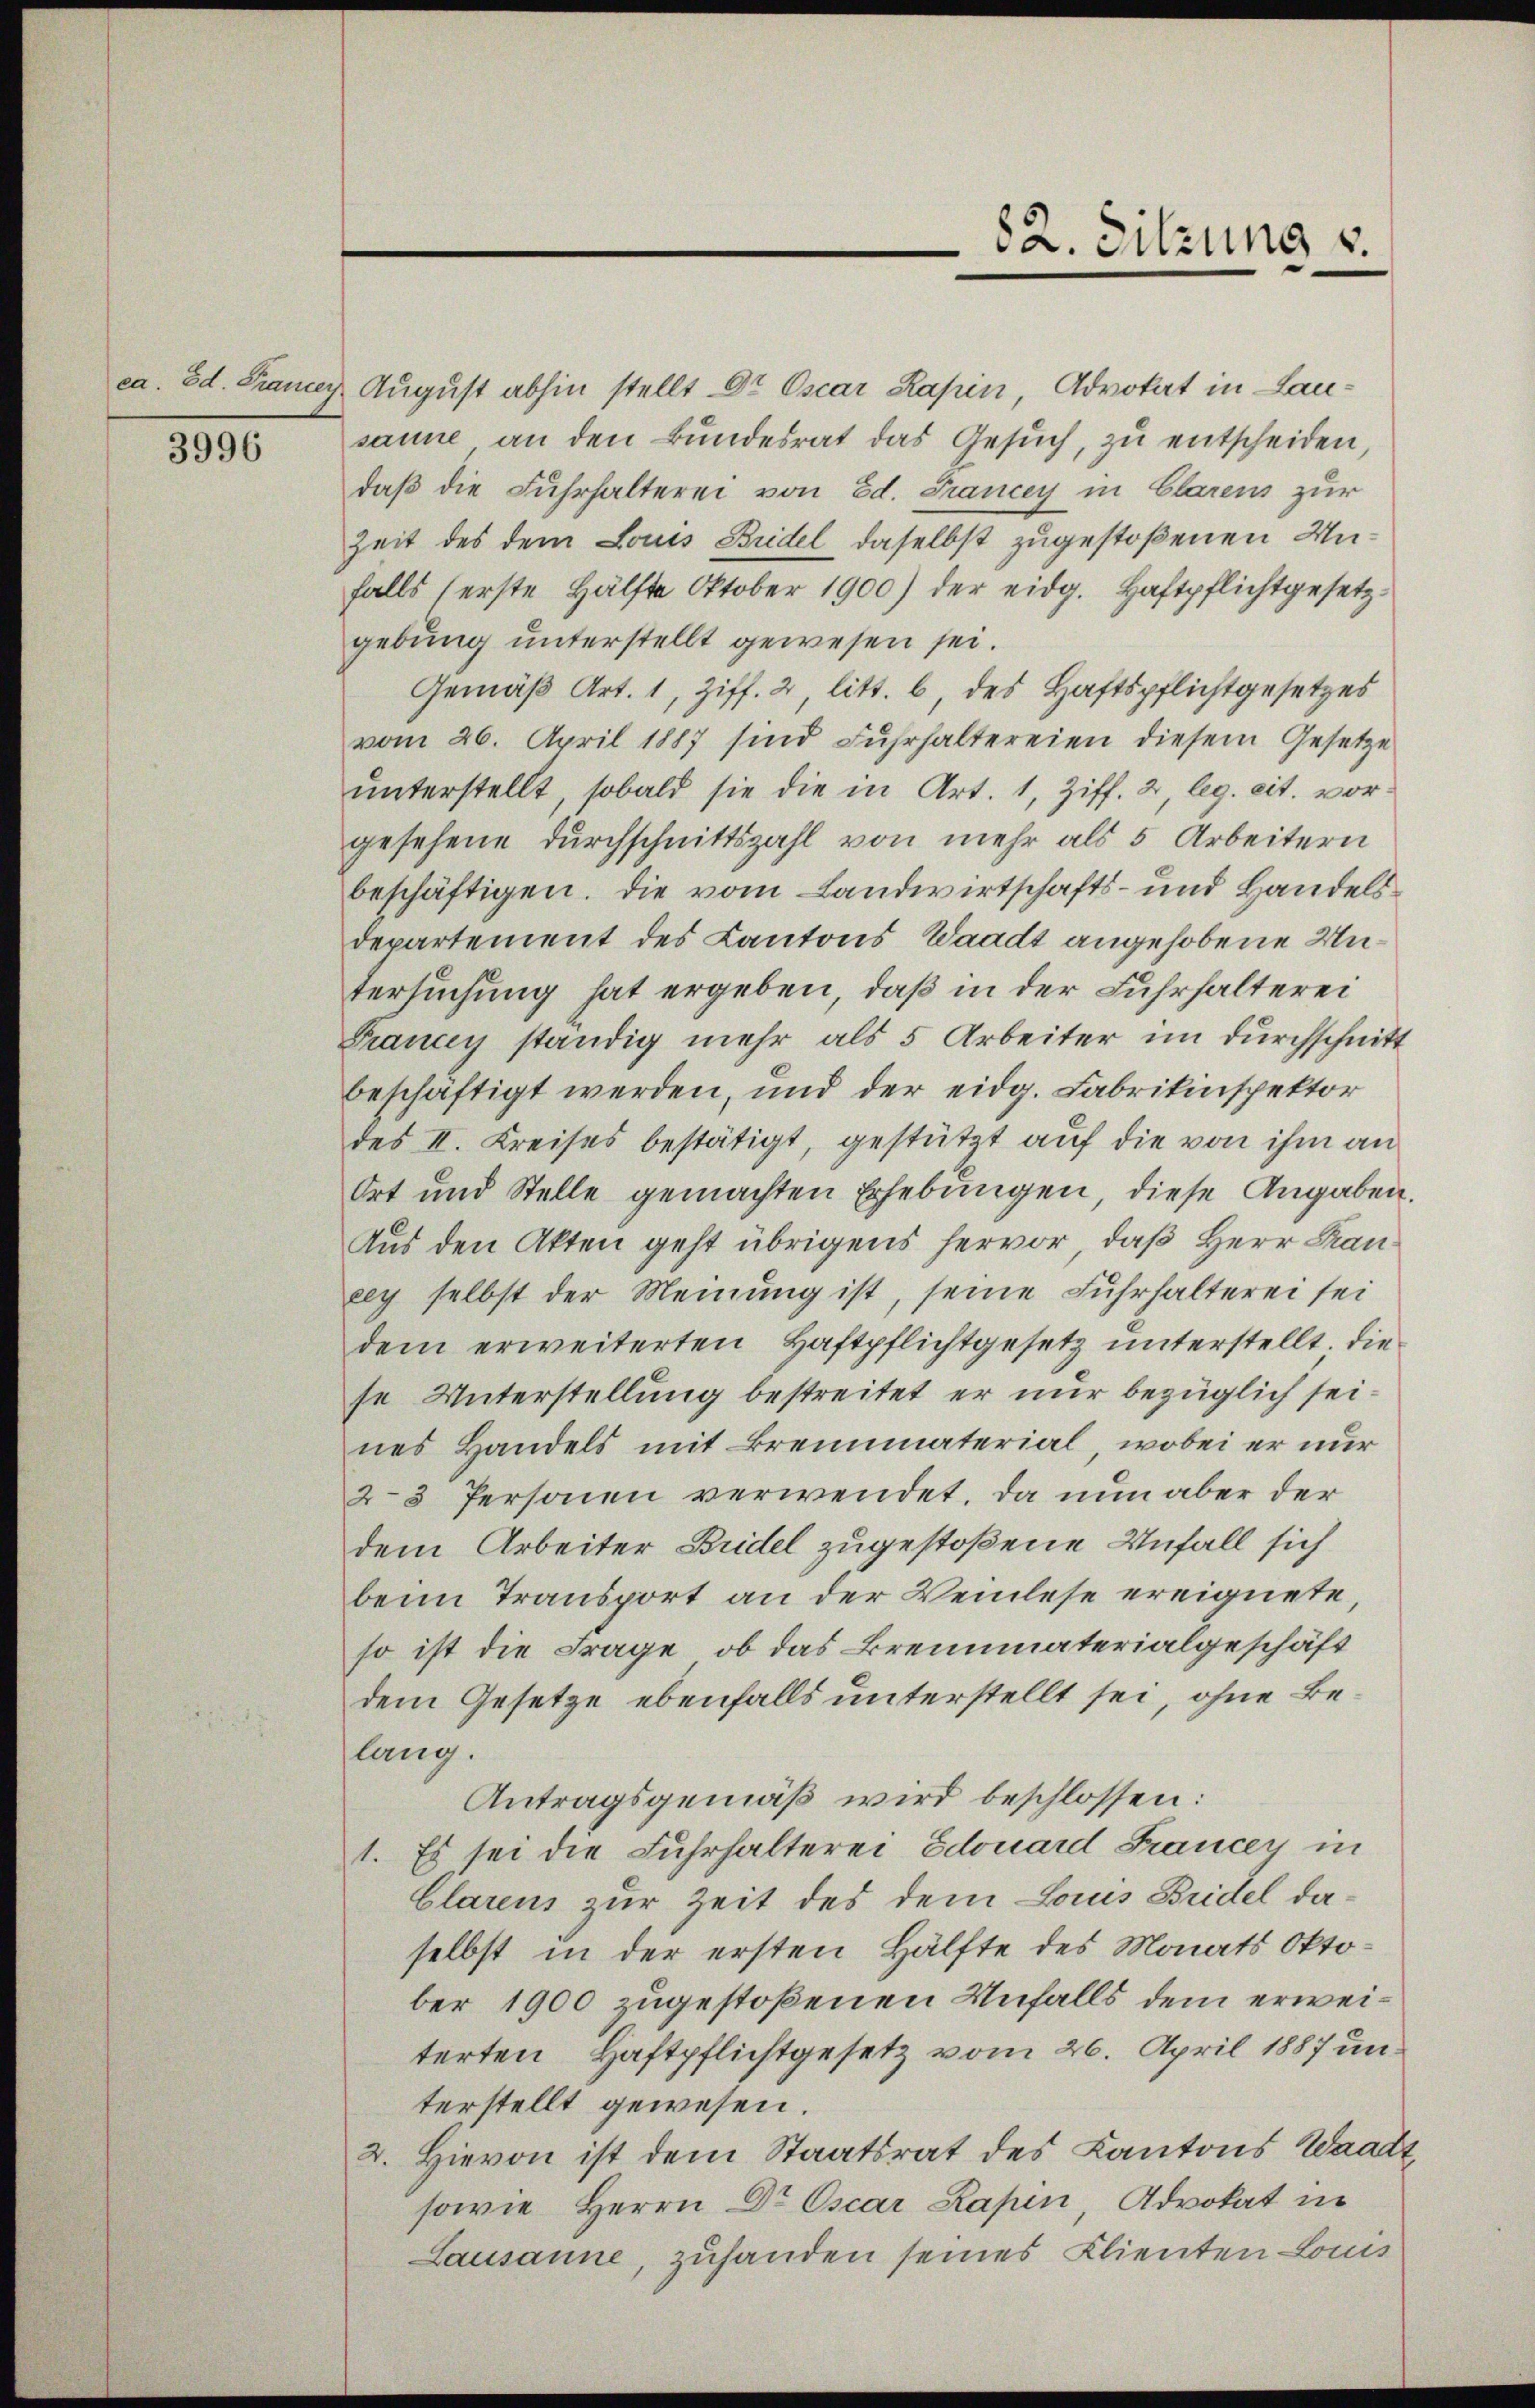
ca. Ed. Francer

3996

August abhin stellt Dr. Oscar Kapin, Advokat in Lausanne an den Bundesrat das Gesŭch, zu entscheiden,
daß die Fuhrhalterei von Ed. Francey in Clarens zur
Zeit des dem Louis Bridel daselbst zugestoßenen Unfalls (erste Hälfte Oktober 1900) der eidg. Haftpflichtgesetzgebung unterstellt gewesen sei.
Gemäß Art. 1, Ziff. 2 litt. b, des Haftspflichtgesetzes
vom 26. April 1887 sind Fuhrhaltereien diesem Gesetze
unterstellt, sobald sie die in Art. 1, Ziff. 2, leg. cit. vor
gesehene Durchschnittszahl von mehr als 5 Arbeitern
beschäftigen. Die vom Landwirtschafts- und Handelsdepartement des Kantons Waadt angehobene Untersuchung hat ergeben, daß in der Fuhrhalterei
Prancey ständig mehr als 5 Arbeiter im Durchschnitt
beschäftigt werden, und der eidg. Fabrikinspektor
des II. Kreises bestätigt, gestützt auf die von ihm an
Ort und Stelle gemachten Erhebungen, diese Angaben.
Aus den Akten geht übrigens hervor, daß Herr Kraneey selbst der Meinung ist, seine Fuhrhalterei sei
dem erweiterten Haftpflichtgesetz unterstellt. Die
se Unterstellung bestreitet er nur bezüglich seines Handels mit Brennmaterial, wobei er nur
23 Personen verwendet, da nun aber der
dem Arbeiter Bridel zugestoßene Unfall sich
beim Transport an der Verlese ereignete,
so ist die Frage, ob das Brennmaterialgeschäft
dem Gesetze ebenfalls unterstellt sei, ohne Belang.
Antragsgemäß wird beschlossen:
1. Es sei die Fuhrhalterei Edouard Francey in
Clarens zur Zeit des dem Louis Bridel daselbst in der ersten Hälfte des Monats Oktober 1900 zugestoßenen Unfalls dem erweiterten Haftpflichtgesetz vom 26. April 1887 unterstellt gewesen.
2. Hievon ist dem Staatsrat des Kantons Waadt,
sowie Herrn Dr Escar Kapen, Advokat in
Lausanne, zuhanden seines Klienten Louis

82. Sitzung v.